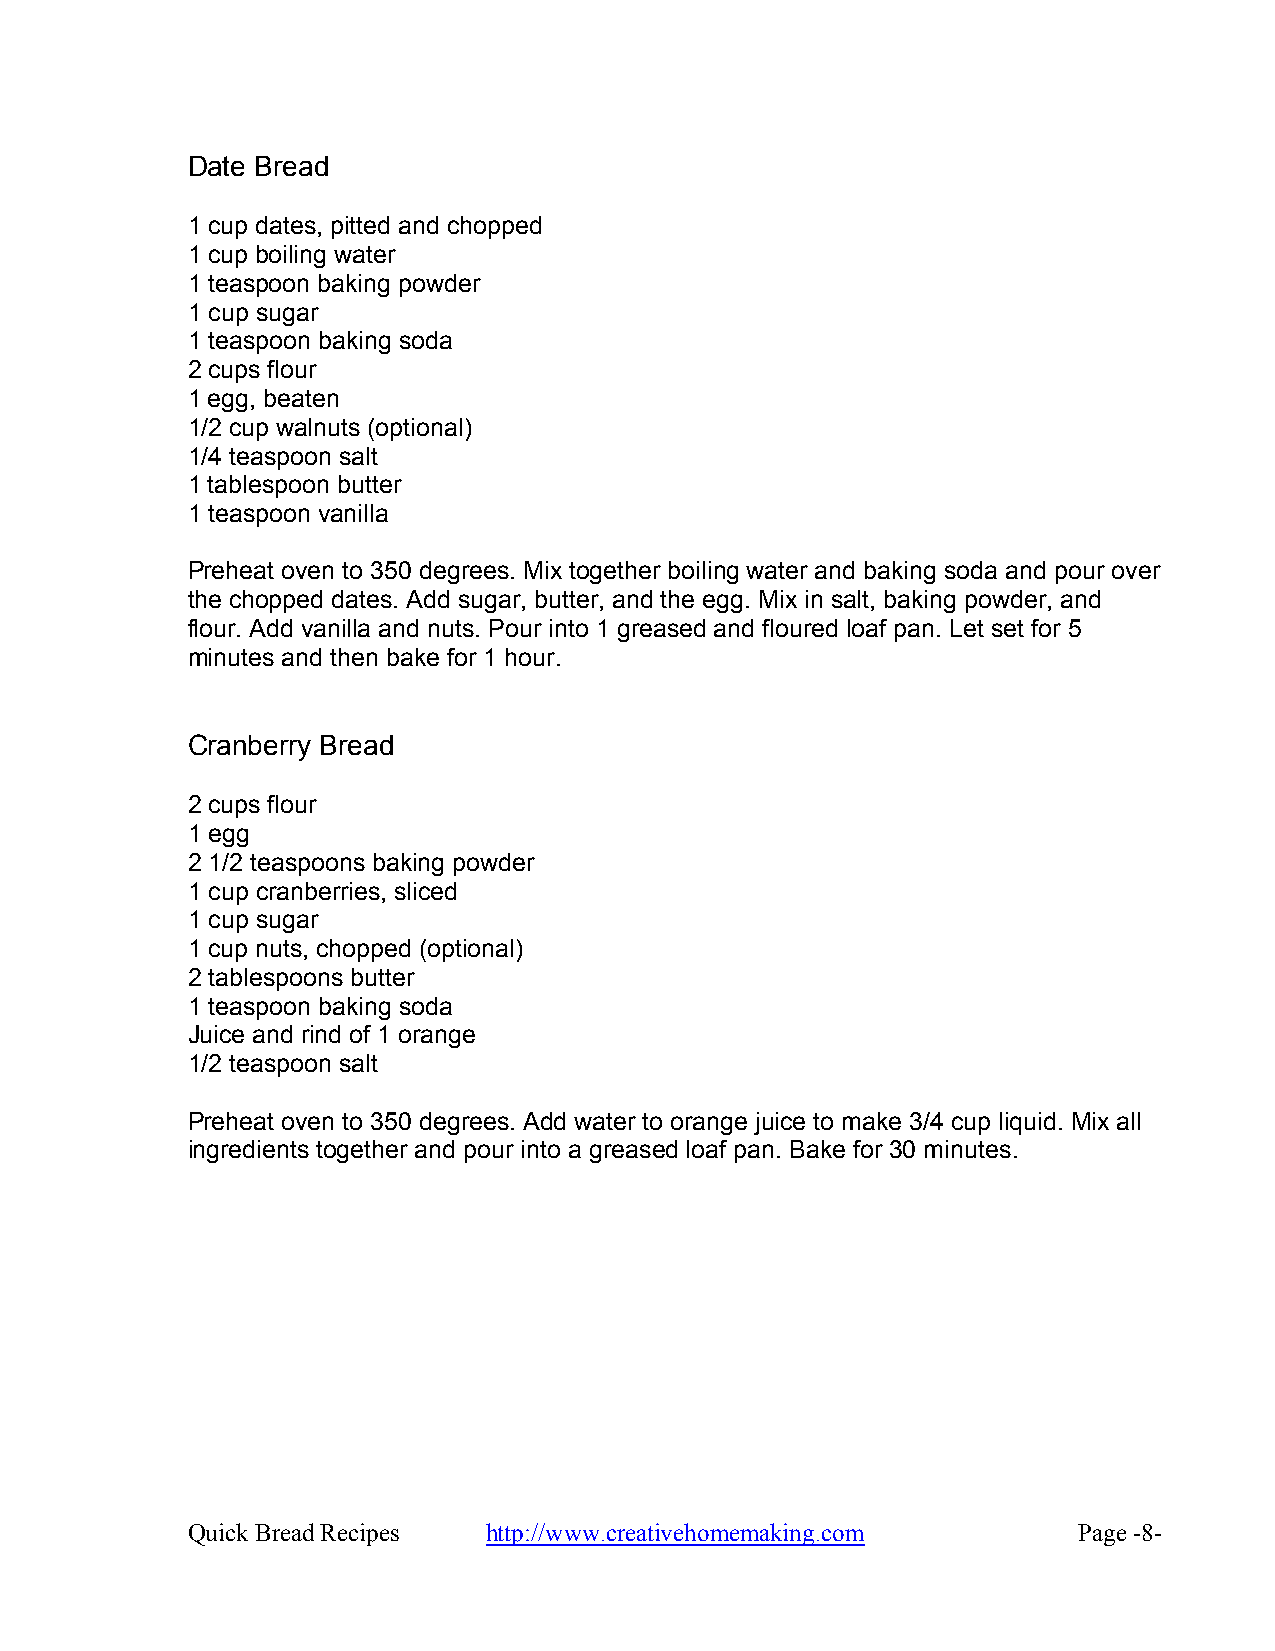
Date Bread
 1 cup dates, pitted and chopped
 1 cup boiling water
 1 teaspoon baking powder
 1 cup sugar
 1 teaspoon baking soda
 2 cups flour
 1 egg, beaten
 1/2 cup walnuts (optional)
 1/4 teaspoon salt
 1 tablespoon butter
 1 teaspoon vanilla
 Preheat oven to 350 degrees. Mix together boiling water and baking soda and pour over
 the chopped dates. Add sugar, butter, and the egg. Mix in salt, baking powder, and
 flour. Add vanilla and nuts. Pour into 1 greased and floured loaf pan. Let set for 5
 minutes and then bake for 1 hour.
 Cranberry Bread
 2 cups flour
 1 egg
 2 1/2 teaspoons baking powder
 1 cup cranberries, sliced
 1 cup sugar
 1 cup nuts, chopped (optional)
 2 tablespoons butter
 1 teaspoon baking soda
 Juice and rind of 1 orange
 1/2 teaspoon salt
 Preheat oven to 350 degrees. Add water to orange juice to make 3/4 cup liquid. Mix all
 ingredients together and pour into a greased loaf pan. Bake for 30 minutes.
 Quick Bread Recipes http://www.creativehomemaking.com      Page -8-